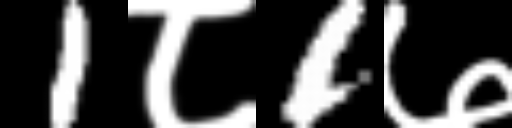
Text: 1८1७